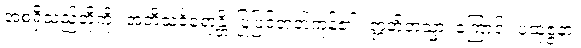
အစရှိသည်တို့ကို။ အဘိသင်္ခရောန္တိ၊ ပြုပြင်တတ်ကုန်၏။ ဣတိတသ္မာ၊ ကြောင့်။ ပုထုဇ္ဇနာ၊